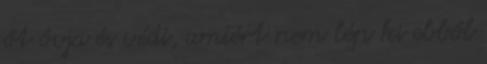
őt óvja és védi, amiért nem lép ki ebből